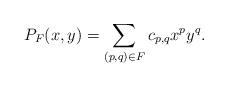
LaTeX: \begin{align*}P_F(x,y) = \sum\limits_{(p,q)\in F} c_{p,q} x^p y^q.\end{align*}